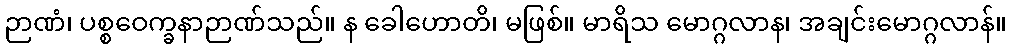
ဉာဏံ၊ ပစ္စဝေက္ခနာဉာဏ်သည်။ န ခေါဟောတိ၊ မဖြစ်။ မာရိသ မောဂ္ဂလာန၊ အချင်းမောဂ္ဂလာန်။